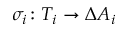
\sigma _ { i } \colon T _ { i } \rightarrow \Delta A _ { i }